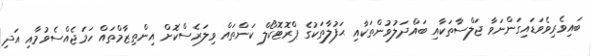
ބައިވެރިވެވަޑައިގަންނަވާ ޖަލްސާތަކާއި ބައްދަލުވުންތަކާއި ޙަފުލާތަކުގެ ޕްރޮޓޮކޯލް ކަންތައް ވިލަރެސްކޮށް އިންތިޒާމްތައް ހަމަޖެއްސެވުމާއި އަދި